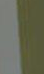
|